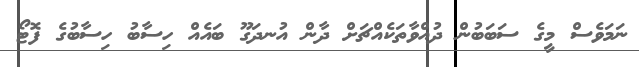
ނަމަވެސް މީގެ ސަބަބުން ދުއްވާތަކެއްޗަށް ދާން އުނދަގޫ ބައެއް ހިސާބު ހިސާބުގެ ފޮޓޯ